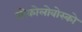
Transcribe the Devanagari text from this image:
सोकोलोवोस्को